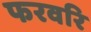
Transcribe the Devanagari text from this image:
फरवरि